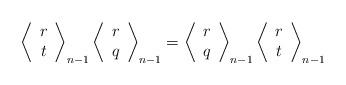
LaTeX: \begin{align*}\left\langle\begin{array}{cc}r\\t\end{array}\right\rangle_{n-1}\left\langle\begin{array}{cc}r\\q\end{array}\right\rangle_{n-1}=\left\langle\begin{array}{cc}r\\q\end{array}\right\rangle_{n-1}\left\langle\begin{array}{cc}r\\t\end{array}\right\rangle_{n-1} \end{align*}